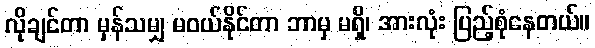
လိုချင်တာ မှန်သမျှ မဝယ်နိုင်တာ ဘာမှ မရှိ၊ အားလုံး ပြည့်စုံနေတယ်။